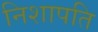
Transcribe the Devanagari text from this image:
निशापति